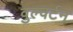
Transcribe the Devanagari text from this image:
वुल्वर्टन